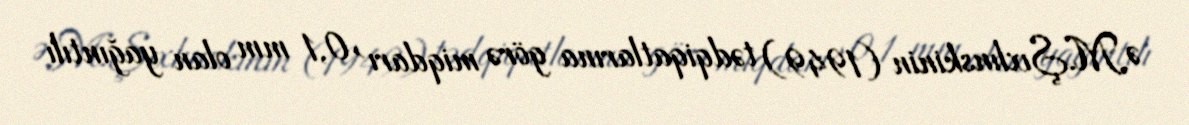
Ə.M.Şıxlınskinin (1949) tədqiqatlarına görə miqdarı >0,1 mm olan yağıntılı